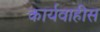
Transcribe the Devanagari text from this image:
कार्यवाहीस